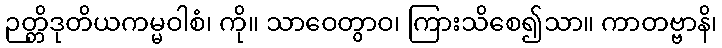
ဉတ္တိဒုတိယကမ္မဝါစံ၊ ကို။ သာဝေတွာဝ၊ ကြားသိစေ၍သာ။ ကာတဗ္ဗာနိ၊